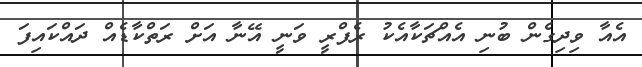
އެއާ ވިދިގެން ބުނި އެއްޗަކާއެކު ރެފްރީ ވަނީ އޭނާ އަށް ރަތްކާޑެއް ދައްކައިފަ